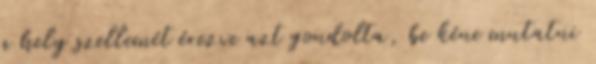
a hely szellemét érezve azt gondolta, be kéne mutatni